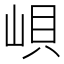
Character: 𱛫